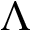
\Lambda